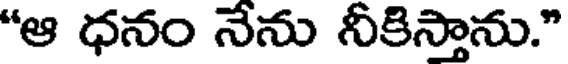
"ఆ ధనం నేను నీకిస్తాను."